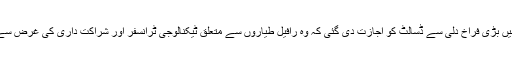
ابتدائی معاہدے میں یہی کیا گیا لیکن مودی سرکار کے معاہدے میں بڑی فراخ دلی سے ڈسالٹ کو اجازت دی گئی کہ وہ رافیل طیاروں سے متعلق ٹیکنالوجی ٹرانسفر اور شراکت داری کی غرض سے بھارت کے کسی بھی نجی صنعتی ادارے کو اپنا پارٹنر بنا لے۔